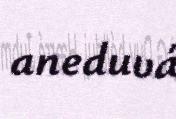
aneduvá